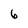
Character: 6